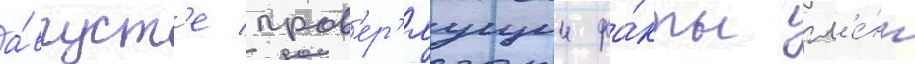
а́вгуст'е пров'ер'яущии фа́кты гл'е́нн